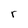
Character: r